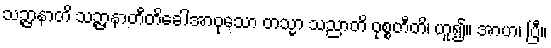
သဉ္ဇာနာတိ သဉ္ဇာနာတီတိခေါအာဝုသော တသ္မာ သညာတိ ဝုစ္စတီတိ၊ ဟူ၍။ အာဟ၊ ပြီ။